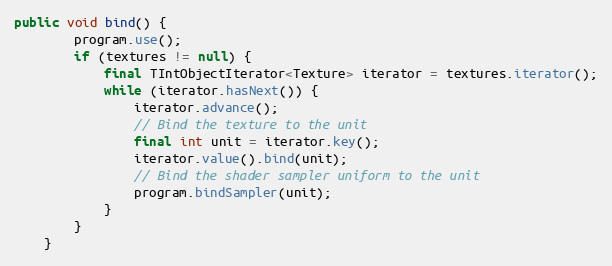
Language: Java
public void bind() {
        program.use();
        if (textures != null) {
            final TIntObjectIterator<Texture> iterator = textures.iterator();
            while (iterator.hasNext()) {
                iterator.advance();
                // Bind the texture to the unit
                final int unit = iterator.key();
                iterator.value().bind(unit);
                // Bind the shader sampler uniform to the unit
                program.bindSampler(unit);
            }
        }
    }